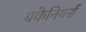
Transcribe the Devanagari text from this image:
बकेनियर्स